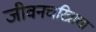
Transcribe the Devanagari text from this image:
जीवनचरित्राचा